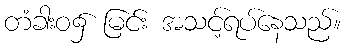
တံခါးဝ၌ မြင်း အသင့်ရပ်နေသည်။